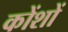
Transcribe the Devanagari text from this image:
कोंशों